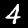
Label: 4